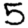
Digit: 5